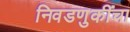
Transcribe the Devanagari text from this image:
निवडणुकींचा